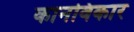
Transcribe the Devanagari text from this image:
कानविकार